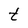
Character: t